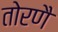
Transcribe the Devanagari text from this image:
तोरणै